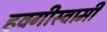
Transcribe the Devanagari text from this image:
हवगीस्वामी